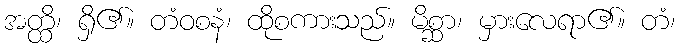
အတ္ထိ၊ ရှိ၏။ တံဝစနံ၊ ထိုစကားသည်။ မိစ္ဆာ၊ မှားလေရာ၏။ တံ၊